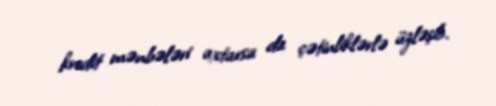
kredit mənbələri axtarsa da çətinliklərlə üzləşib.